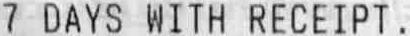
7 DAYS WITH RECEIPT .